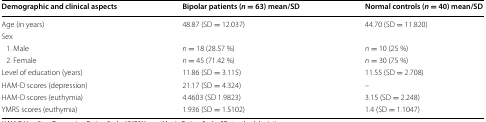
| Demographic and clinical aspects | Bipolar patients (n = 63) mean/SD | Normal controls (n = 40) mean/SD |
 | --- | --- | --- |
 | Age (in years) | 48.87 (SD = 12.037) | 44.70 (SD = 11.820) |
 | <COLSPAN=3> Sex |
 | 1. Male | n = 18 (28.57 %) | n = 10 (25 %) |
 | 2. Female | n = 45 (71.42 %) | n = 30 (75 %) |
 | Level of education (years) | 11.86 (SD = 3.115) | 11.55 (SD = 2.708) |
 | HAM-D scores (depression) | 21.17 (SD = 4.324) | – |
 | HAM-D scores (euthymia) | 4.4603 (SD 1.9823) | 3.15 (SD = 2.248) |
 | YMRS scores (euthymia) | 1.936 (SD = 1.5102) | 1.4 (SD = 1.1047) |